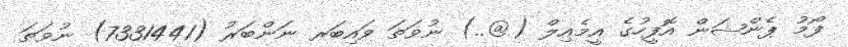
ފޯމު ޕެންޝަން އޮފީހުގެ އީމެއިލް (@..) ނުވަތަ ވައިބަރ ނަންބަރު (7331441) ނުވަތަ